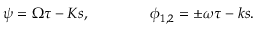
\psi = \Omega \tau - K s , \qquad \qquad \phi _ { 1 , 2 } = \pm \omega \tau - k s .